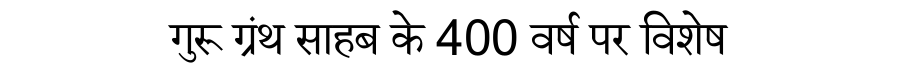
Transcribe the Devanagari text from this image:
गुरू ग्रंथ साहब के 400 वर्ष पर विशेष